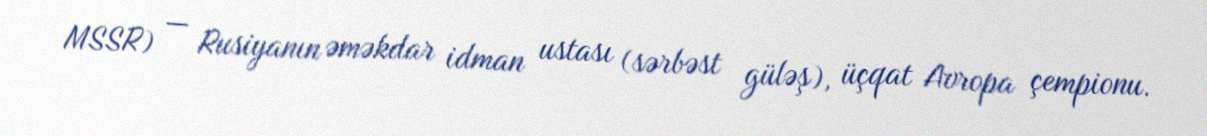
MSSR) — Rusiyanın əməkdar idman ustası (sərbəst güləş), üçqat Avropa çempionu.